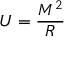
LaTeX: U = { \frac { M ^ { 2 } } { R } }